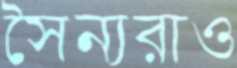
সৈন্যরাও